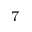
^ 7